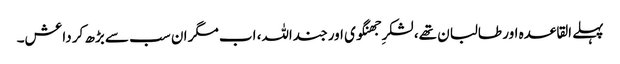
پہلے القاعدہ اور طالبان تھے، لشکرِ جھنگوی اور جنداللہ، اب مگر ان سب سے بڑھ کر داعش۔